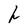
Character: h